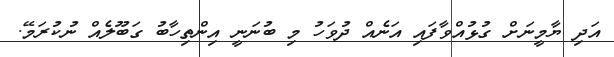
އަދި ޔާމީނަށް ގުޅުއްވާފައި އަނެއް ދުވަހު މި ބުނަނީ އިންތިހާބު ގަބޫލެއް ނުކުރަމޭ.